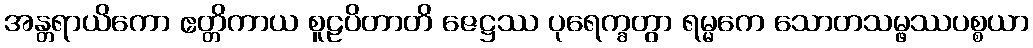
အန္တရာယိကော ဧတ္တိကာယ စူဠပိတာတိ ဇေဋ္ဌဿ ပုရေက္ခတွာ ရမ္မကေ သောတသမ္ဖဿပစ္စယာ